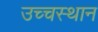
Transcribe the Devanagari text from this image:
उच्चस्थान